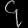
Digit: ၄